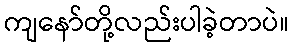
ကျနော်တို့လည်းပါခဲ့တာပဲ။